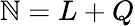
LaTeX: \mathbb{N}=L+Q